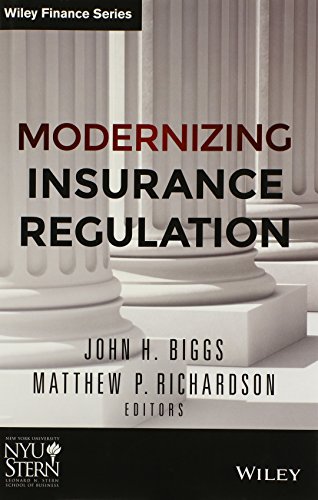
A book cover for Modernizing Insurance Regulation (Wiley Finance); John H. Biggs; Law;